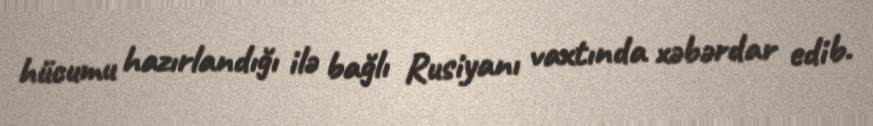
hücumu hazırlandığı ilə bağlı Rusiyanı vaxtında xəbərdar edib.